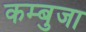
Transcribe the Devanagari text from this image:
कम्बुजा